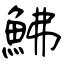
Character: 鮄